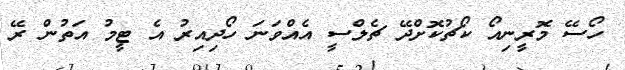
ހޯސޭ މޮރީނިއޯ ކޯޗުކޮށްދޭ ޗެލްސީ އެއްވަނަ ހޯދިއިރު އެ ޓީމު އަތުން ރޭ